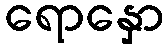
ရောနှော